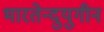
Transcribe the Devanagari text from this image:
भारतेन्दुयुगीन